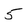
Character: 5